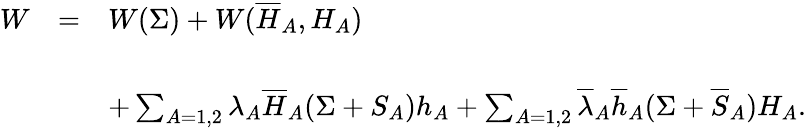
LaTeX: \begin{array}{ccl}{{W}}&{{=}}&{{W(\Sigma)+W(\overline{{{H}}}_{A},H_{A})}}\\ {{}}&{{}}&{{}}\\ {{}}&{{}}&{{+\sum_{A=1,2}\lambda_{A}\overline{{{H}}}_{A}(\Sigma+S_{A})h_{A}+\sum_{A=1,2}\overline{{{\lambda}}}_{A}\overline{{{h}}}_{A}(\Sigma+\overline{{{S}}}_{A})H_{A}.}}\end{array}